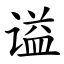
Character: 谥